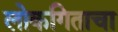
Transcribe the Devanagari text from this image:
लोकगिताचा